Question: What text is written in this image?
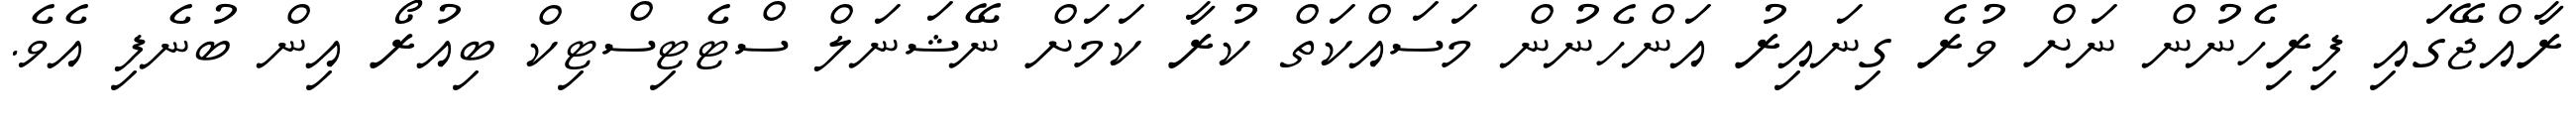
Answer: ރާއްޖޭގައި ފިރިހެނުން ނަށް ވުރެ ގިނައިރު އަންހެނުން މަސައްކަތް ކުރާ ކަމަށް ނޭޝަނަލް ސްޓެޓިސްޓިކް ބިއުރޯ އިން ބުނެފި އެވެ.